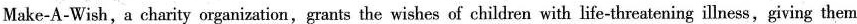
Make-A-Wish, a charity organization,grants the wishes of children with life-threatening illness,giving them